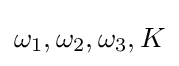
\omega _{1},\omega _{2},\omega _{3},K